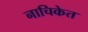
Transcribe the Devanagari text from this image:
नाचिकेत